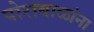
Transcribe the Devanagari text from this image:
पोराबाळांना